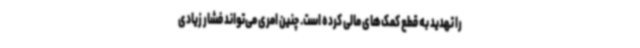
را تهدید به قطع کمک‌های مالی کرده است. چنین امری می‌تواند فشار زیادی